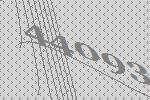
44093